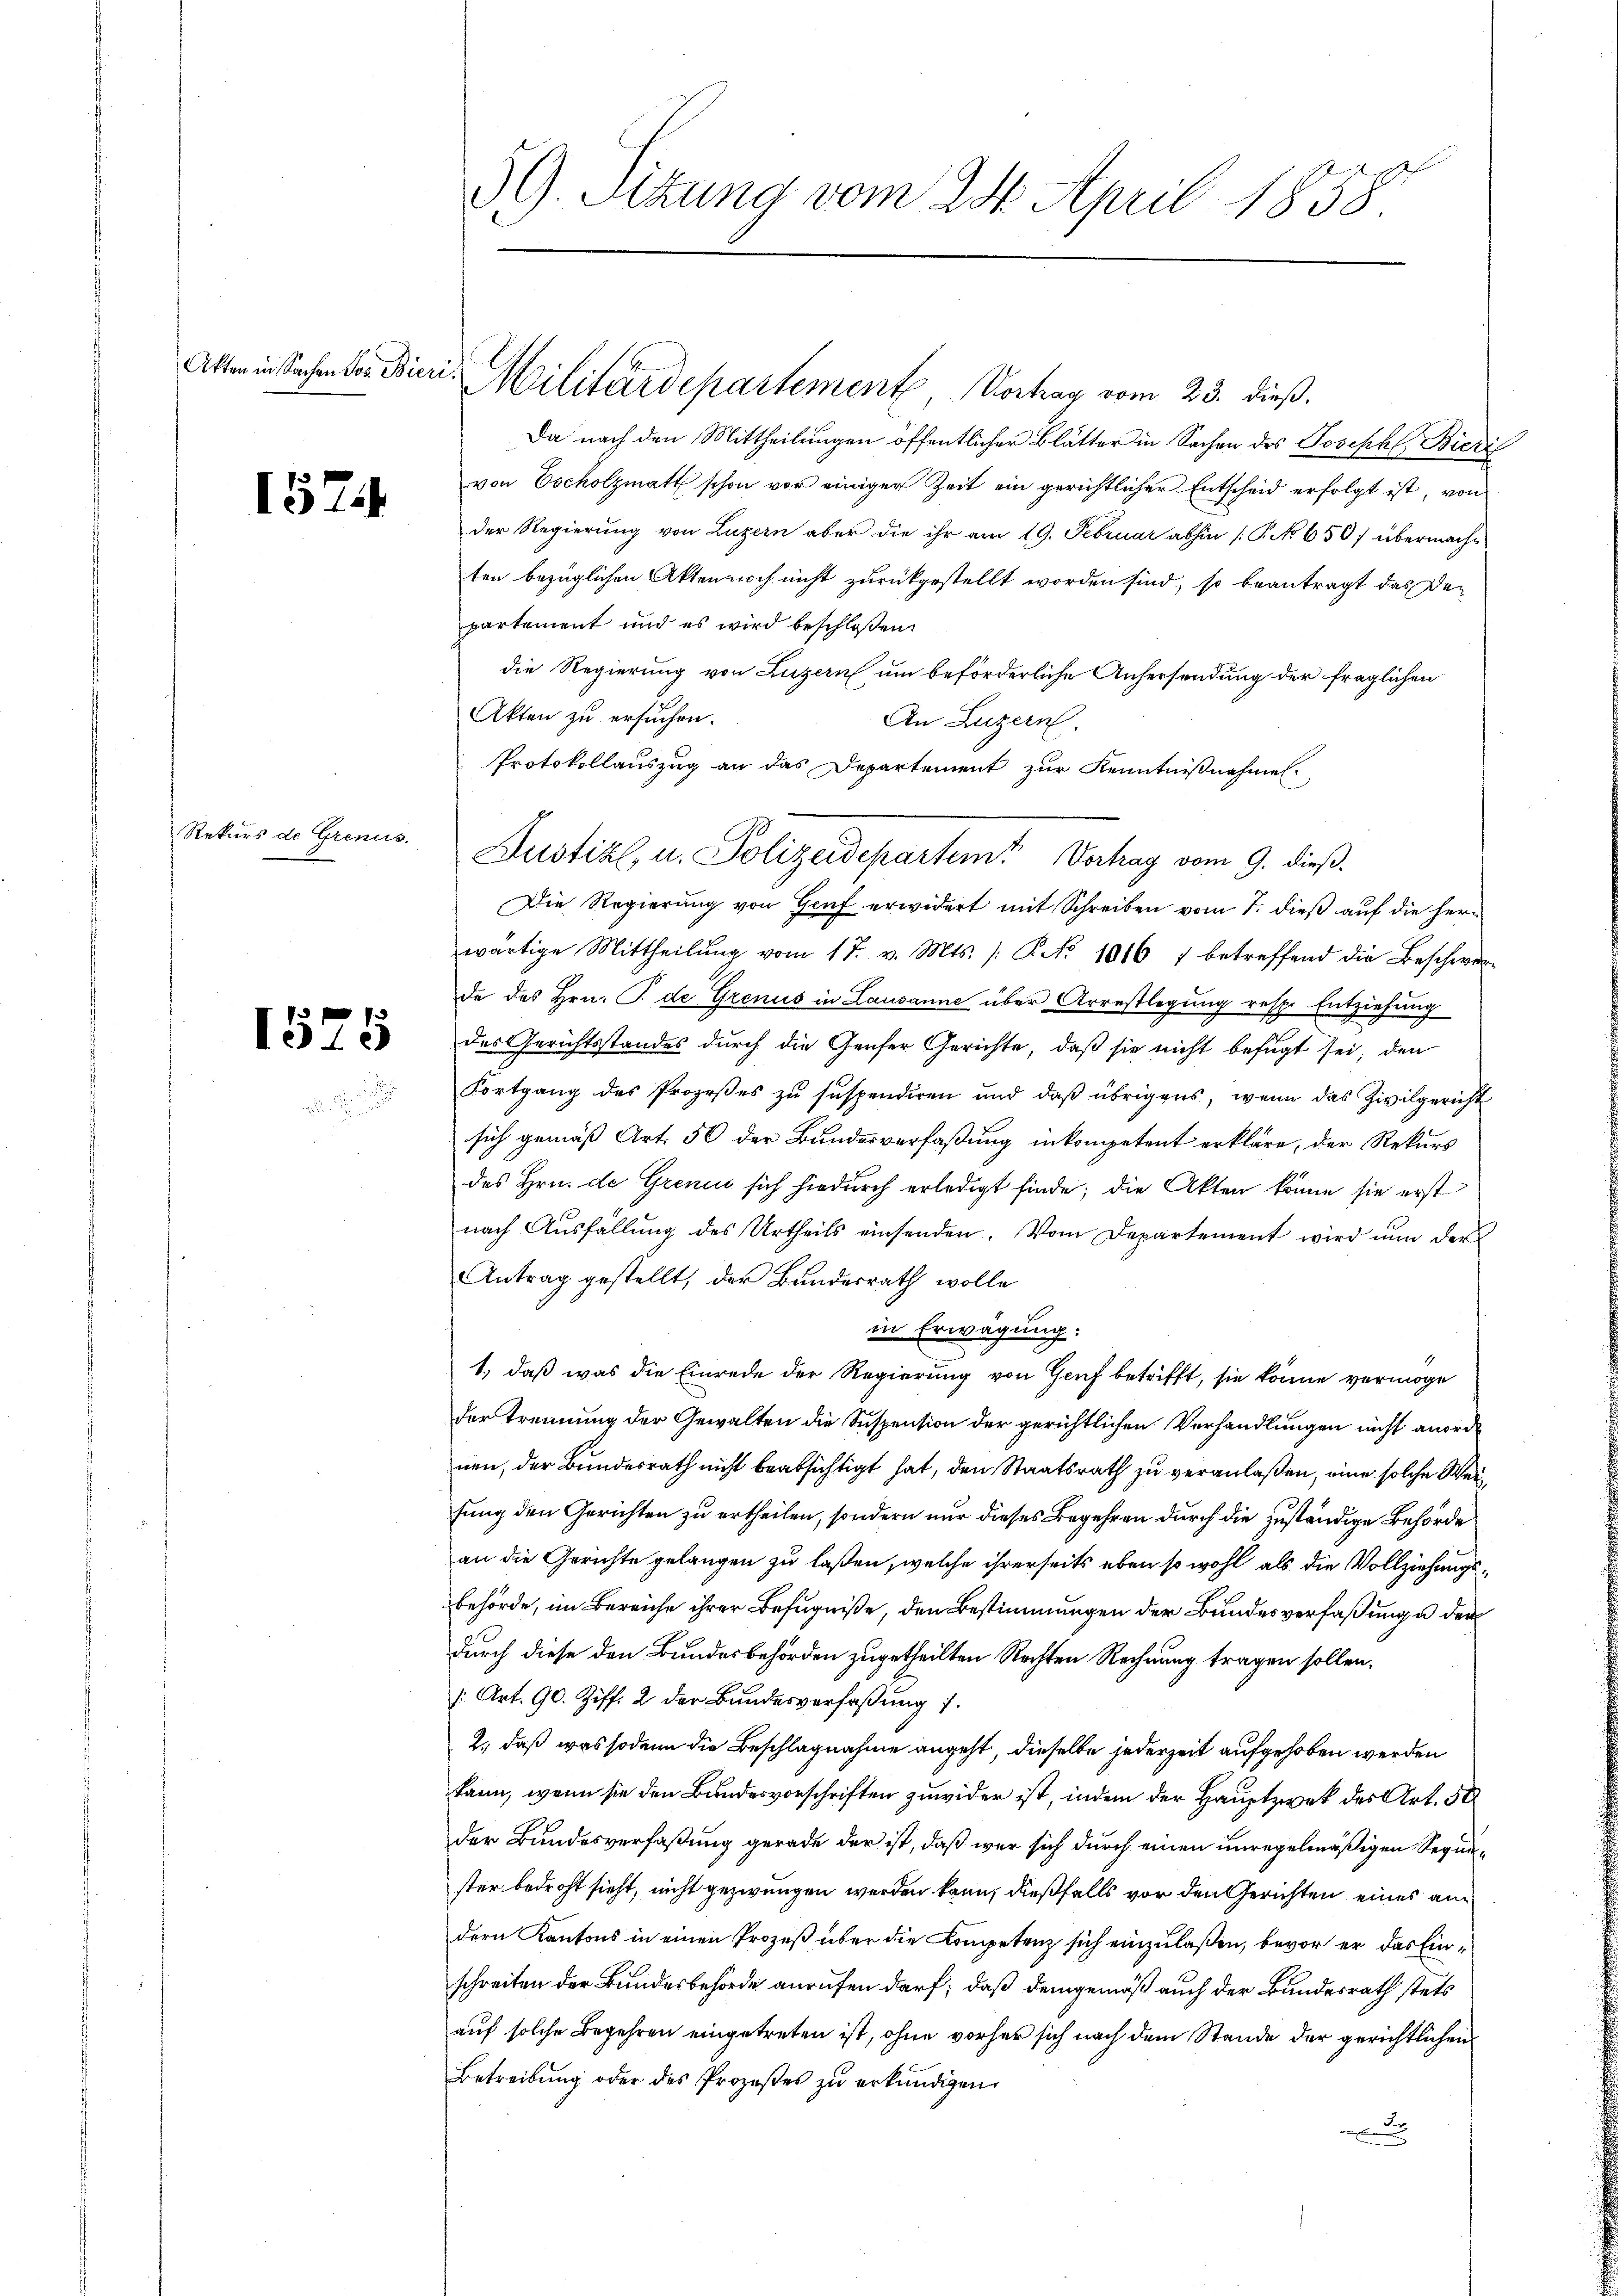
Akten in Sachen Jos. Bieri

1574

Rekurs de Grenus.

1575

59. Sitzung vom 24. April 1858.

Militärdepartement, Vortrag vom 23. dieß.

Da nach den Mittheilungen öffentlicher Blätter in Sachen des Joseph Bieri
von Escholzmatt schon vor einiger Zeit ein gerichtlicher Entscheid erfolgt ist, von
der Regierung von Luzern aber die ihr am 19. Februar abhin [P. No 650/ übermache
ten bezüglichen Akten noch nicht zurückgestellt worden sind, so beantragt das Den
partement und es wird beschloßen:
die Regierung von Luzern um beförderliche Anhersendung der fraglichen
Akten zu ersuchen.
An Luzern.
Protokollauszug an das Departement zur Kenntnißnahmen.
Die Regierung von Gruf erwidert mit Schreiben vom 7. dieß auf die Herr
wärtige Mittheilŭng vom 17. v. Mts. /: P. No 1016 7 betreffend die Beschwerde des Hrn. T. de Grenus in Lausanne über Arrestlegung resp. Entziehung
des Gerichtsstandes durch die Genser Gerichte, daß sie nicht befugt sei, den
Fortgang des Prozeβes zŭ sŭspendiren und daβ übrigens, wenn das Zivilgericht
sich gemäß Art. 50 der Bundesverfaßung inkompetent erkläre, der Rekurs
des Hrn. de Grend sich hiedurch erledigt finde; die Akten könne sie erst
nach Ausfällŭng des Urtheils einsenden. Vom Departement wird nun der
Antrag gestellt, der Bundesrath wolle
in Erwägung:
1., daß was die Einrede der Regierung von Genf betrifft, sie könne vermöge
der Trennung der Gewalten die Suspension der gerichtlichen Verhandlungen nicht anordnen, der Bundesrath nicht beabsichtigt hat, den Staatsrath zu veranlaßen, eine solche Weifung den Gerichten zu ertheilen, sondern nur dieses Begehren durch die zuständige Behörde
an die Gerichte gelangen zu laßen, welche ihrerseits eben so wohl als die Vollziehungsbehörde, im Bereiche ihrer Befugniße, den Bestimmungen der Bundesverfaßung u der
durch diese den Bundesbehörden zugetheilten Rechten Rechnung tragen sollen.
s. Art. 90. Ziff. 2 der Bundesverfassung 1.
2., daß was sodann die Beschlagnahme angeht, dieselbe jederzeit aufgehoben werden
kann, wenn sie den Bundesvorschriften zuwider ist, indem der Hauptzwek des Art. 50
der Bundesverfaßung gerade der ist, daß wer sich durch einen unregelmäßigen Sequester bedroht sieht, nicht gezwungen werden kann, dießfalls vor den Gerichten eines andern Kantons in einen Prozeß über die Kompetenz sich einzulaßen, bevor er das Einschreiten der Bundesbehörde anrufen darf, daß demgemäß auch der Bundesrath stets
auf solche Begehren eingetreten ist, ohne vorher sich nach dem Stande der gerichtlichen
Betreibŭng oder des Prozeßes zŭ erkundigen.
x

Justizl, u. Polizeidepartem Vortrag vom 9. dieß